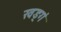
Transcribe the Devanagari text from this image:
खड्गं